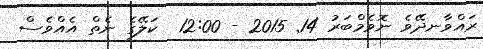
ރައްވާނދޭވެ ނޮވެމްބަރު 14